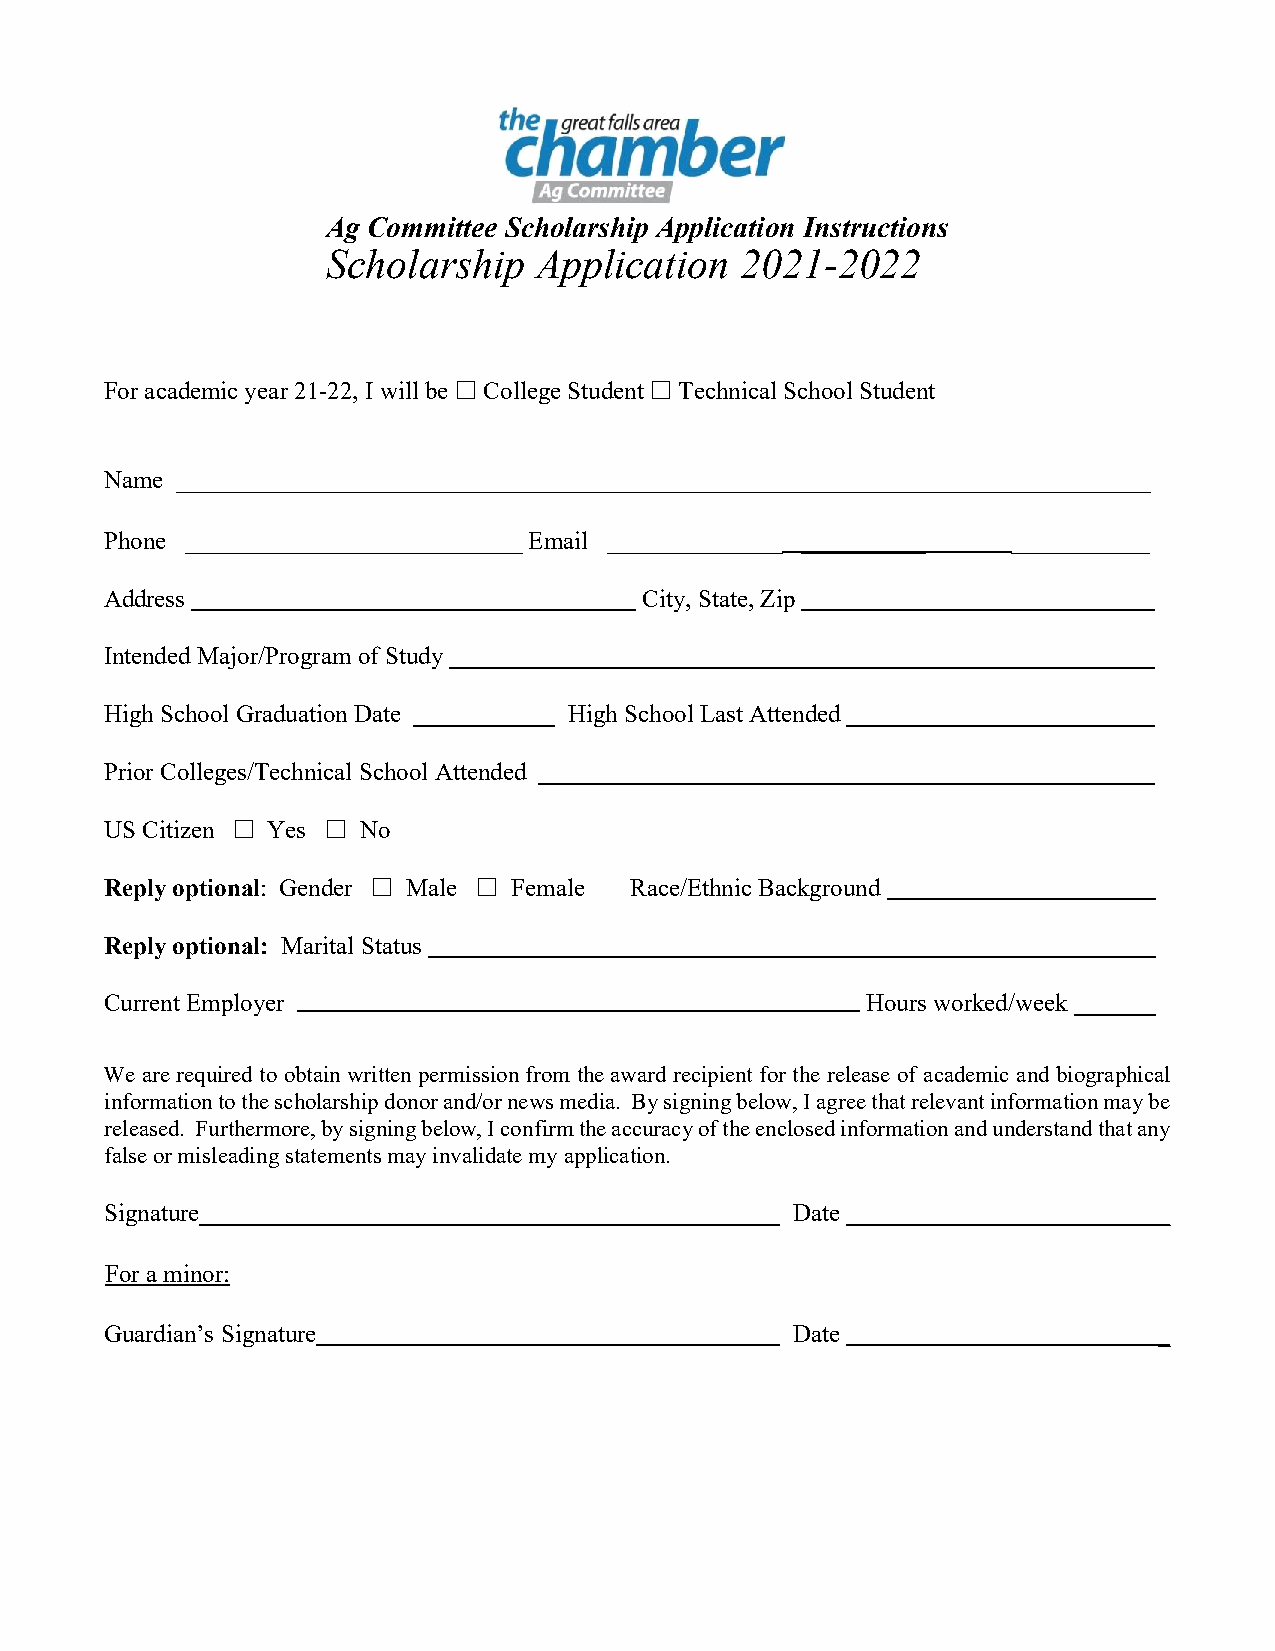
Ag Committee Scholarship Application Instructions
 Scholarship  Application   2021-2022
 For academic year 21-22, I will be  College Student  Technical School Student
 Name ______________________________________________________________________________
 Phone ___________________________ Email ______________ __________ ___________
 Address                             City, State, Zip
 Intended Major/Program of Study
 High School Graduation Date    High School Last Attended
 Prior Colleges/Technical School Attended
 US Citizen  Yes  No
 Reply optional: Gender  Male  Female Race/Ethnic Background
 Reply optional: Marital Status
 Current Employer                                  Hours worked/week
 We are required to obtain written permission from the award recipient for the release of academic and biographical
 information to the scholarship donor and/or news media. By signing below, I agree that relevant information may be
 released. Furthermore, by signing below, I confirm the accuracy of the enclosed information and understand that any
 false or misleading statements may invalidate my application.
 Signature                                    Date                     _
 For a minor:
 Guardian’s Signature                         Date                     _